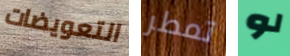
التعويضات تمطر لو